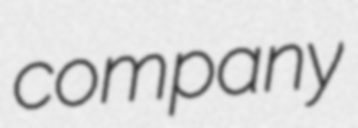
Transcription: company